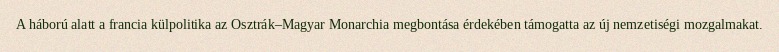
A háború alatt a francia külpolitika az Osztrák–Magyar Monarchia megbontása érdekében támogatta az új nemzetiségi mozgalmakat.